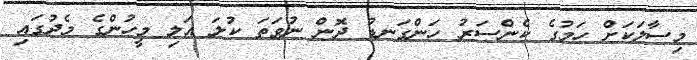
މިސާލަކަށް ހަމުގެ ކެންސަރު ހަންގަނޑު ދޮން ނުވަތަ ކުލަ އަލި މީހުންގެ މެދުގައި